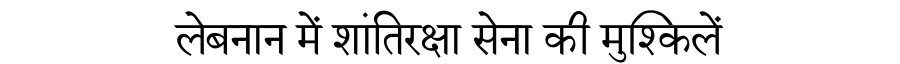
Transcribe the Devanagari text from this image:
लेबनान में शांतिरक्षा सेना की मुश्किलें